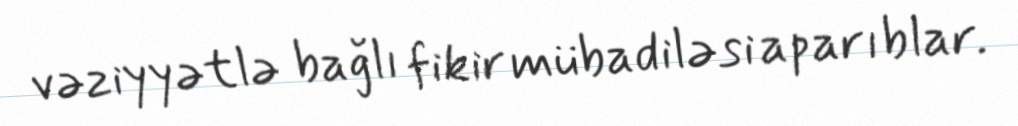
vəziyyətlə bağlı fikir mübadiləsi aparıblar.